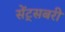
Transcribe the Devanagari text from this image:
सेंट्सबरी